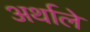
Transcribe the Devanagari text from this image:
अर्थाले